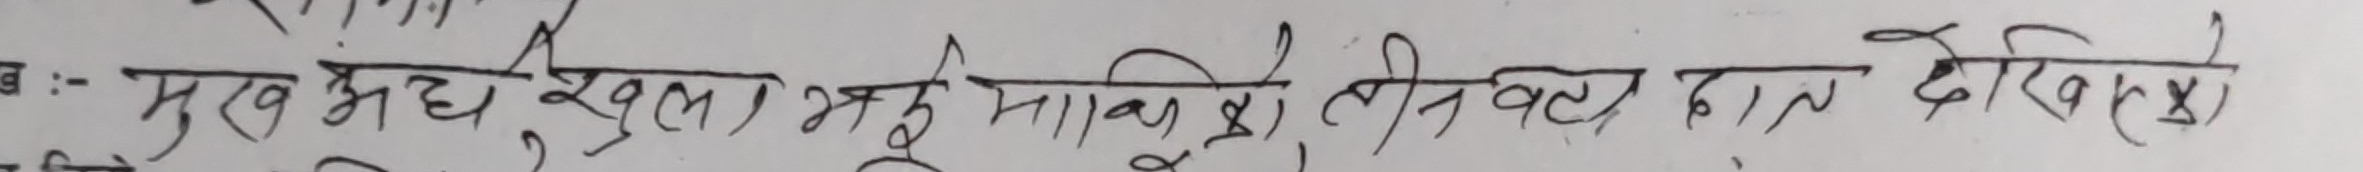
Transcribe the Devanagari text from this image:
ख :- मुख अध, खुला भई नाकुरी, तीन बल्ला दाल देखिए